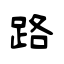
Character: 路